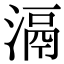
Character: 滆